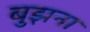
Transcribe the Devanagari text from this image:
बुझना